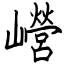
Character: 巆